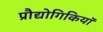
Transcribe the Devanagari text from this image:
प्रौद्योगिकियॉ